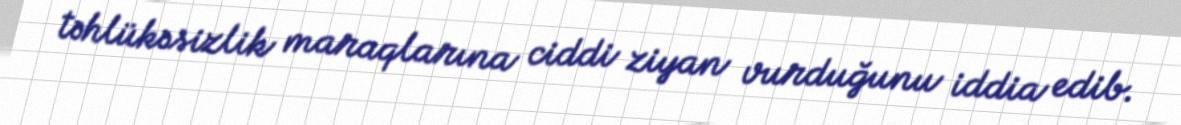
təhlükəsizlik maraqlarına ciddi ziyan vurduğunu iddia edib.